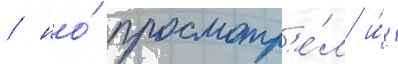
/ но́ просмотр'е́л и́х